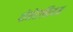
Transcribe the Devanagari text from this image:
पोमेरानियन